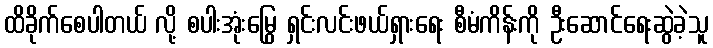
ထိခိုက်စေပါတယ် လို့ စပါးအုံးမြွေ ရှင်းလင်းဖယ်ရှားရေး စီမံကိန်းကို ဦးဆောင်ရေးဆွဲခဲ့သူ